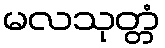
မလသုတ္တံ